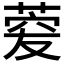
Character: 𦴯